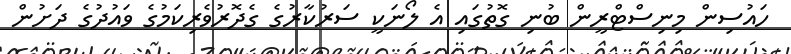
ހައުސިން މިނިސްޓްރީން ބުނި ގޮތުގައި އެ ލޯނަކީ ސަރުކާރުގެ ގެދޮރުވެރިކަމުގެ ވައުދުގެ ދަށުން